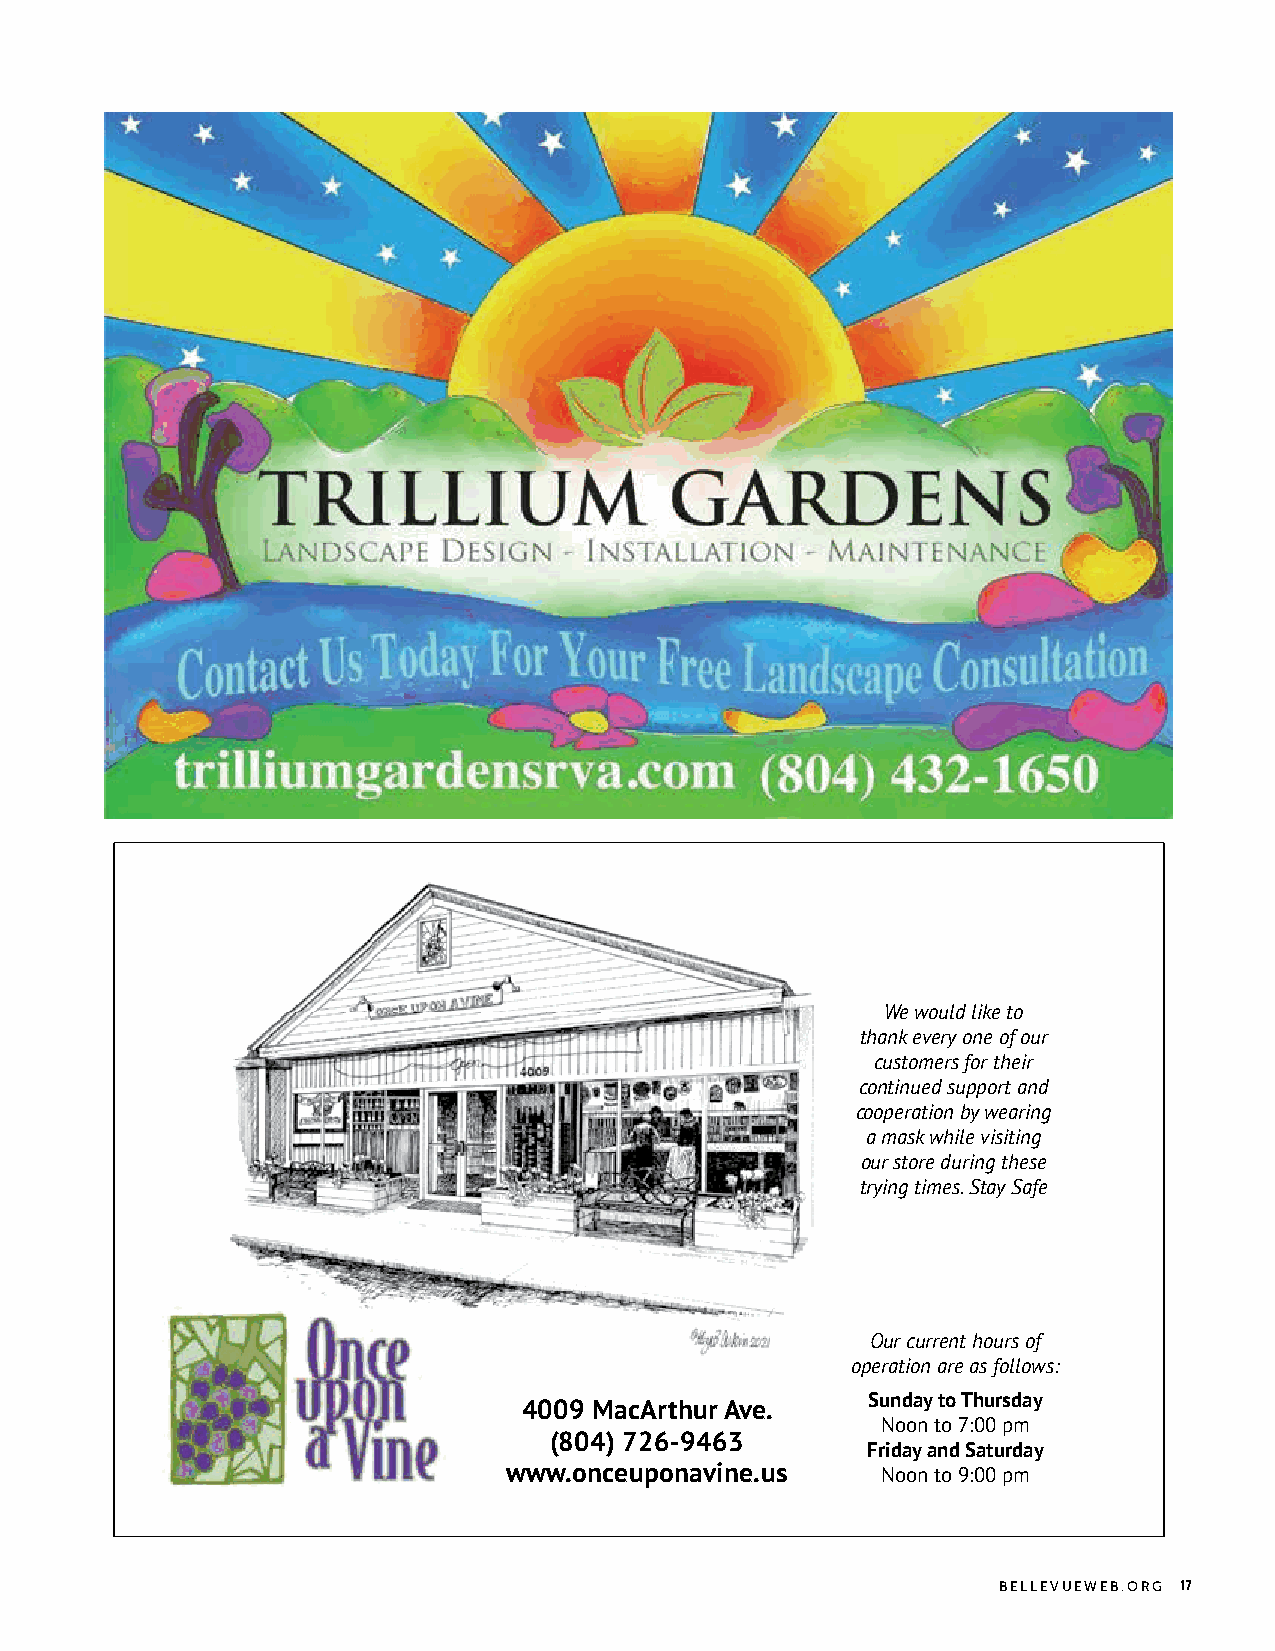
We would like to
 thank every one of our
 customers for their
 continued support and
 cooperation by wearing
 a mask while visiting
 our store during these
 trying times. Stay Safe
 Our current hours of
 operation are as follows:
 Sunday to Thursday
 4009 MacArthur Ave.
 Noon to 7:00 pm
 (804) 726-9463
 Friday and Saturday
 www.onceuponavine.us     Noon to 9:00 pm
 BELLEVUEWEB.ORG 17
 OnceUponAVine_Half Page_BT_Q32021.indd 1                     12/7/21 2:50 AM